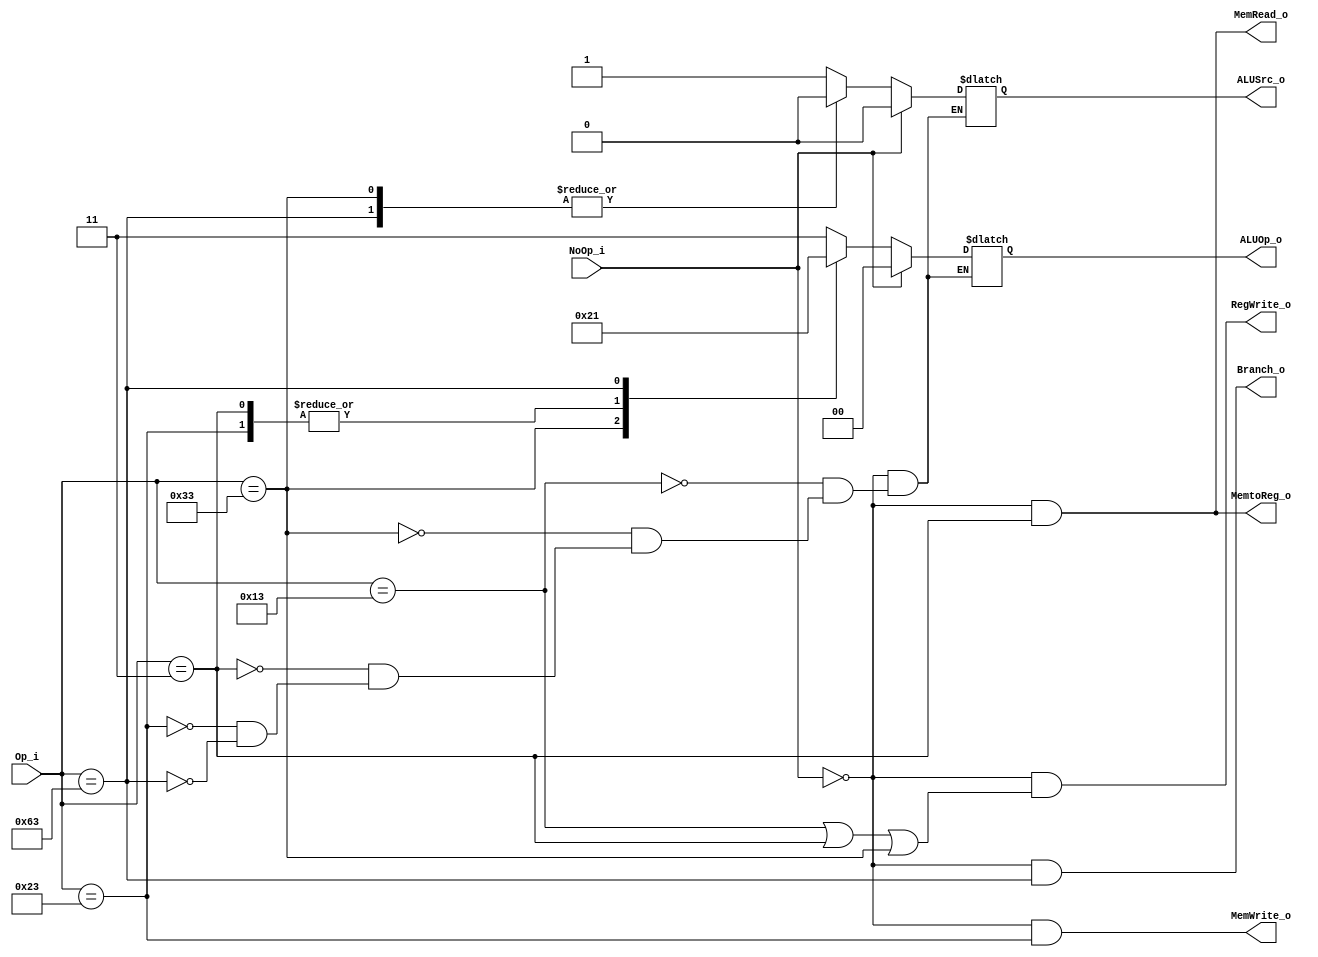
module Control
(
    Op_i,
    NoOp_i,
    ALUOp_o,
    ALUSrc_o,
    RegWrite_o,
    MemtoReg_o,
    MemRead_o,
    MemWrite_o,
    Branch_o

);


// Ports
input    [6:0]      Op_i;
input               NoOp_i;
output   [1:0]      ALUOp_o;
output              ALUSrc_o;
output              RegWrite_o;
output              MemtoReg_o;
output              MemRead_o;
output              MemWrite_o;
output              Branch_o;


// Wires & Registers
reg      [1:0]      ALUOp_o;
reg                 ALUSrc_o;

assign RegWrite_o = (~NoOp_i) && ((Op_i == 7'b0010_011) || (Op_i == 7'b0000_011) || (Op_i == 7'b0110_011));
assign Branch_o =  (~NoOp_i) && (Op_i == 7'b1100_011);
assign MemWrite_o =  (~NoOp_i) && (Op_i == 7'b0100_011);
assign MemRead_o =  (~NoOp_i) && (Op_i == 7'b0000_011);
assign MemtoReg_o =  (~NoOp_i) && (Op_i == 7'b0000_011);

// set controls
always@(Op_i) begin
  if (NoOp_i == 1'b1) begin
    ALUOp_o <= 2'b00;
    ALUSrc_o <= 1'b0;
  end
  else begin
  case(Op_i)
    7'b0010_011:            //I-type
      begin
        ALUOp_o <= 2'b11;
        ALUSrc_o <= 1'b1;
      end
    7'b0110_011:            //R-type
      begin
        ALUOp_o <= 2'b10;
        ALUSrc_o <= 1'b0;
      end
    7'b0000_011:            //lw
      begin
        ALUOp_o <= 2'b00;
        ALUSrc_o <= 1'b1;
      end
    7'b0100_011:            //sw
      begin
        ALUOp_o <= 2'b00;
        ALUSrc_o <= 1'b1;
      end
    7'b1100_011:            //beq
      begin
        ALUOp_o <= 2'b01;
        ALUSrc_o <= 1'b0;
      end
  endcase
  end

end


endmodule